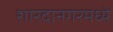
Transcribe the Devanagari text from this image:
शारदानगरमध्ये